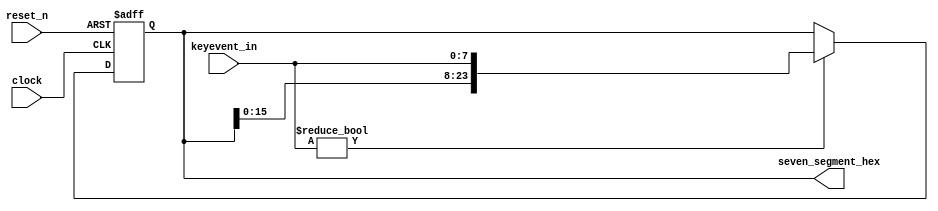
module PS2KeyboardDisplay
(
    input clock,
    input reset_n,

    input [7:0] keyevent_in,

    output [23:0] seven_segment_hex
);

    reg [23:0] display;

    always @(posedge clock or negedge reset_n) 
        if (!reset_n) 
            display <= 24'd0;
        else if (keyevent_in)
            display <= { display[15:0], keyevent_in };

    assign seven_segment_hex = display;

endmodule